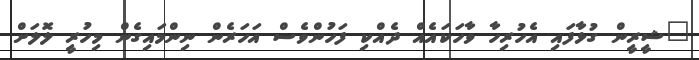
"ޝީރީން ގުޅާފައި އެހުރިހާ ވާހަކައެއް ދެއްކި ފަހުންވެސް އަހަރެން ނިންމައިގެން މިހުރީ ލޮލަށް